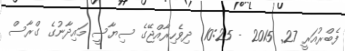
ފެބްރުއަރީ 27